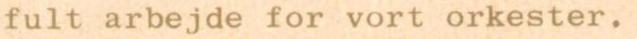
fult arbejde for vort orkester.